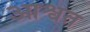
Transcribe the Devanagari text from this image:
आश्वत